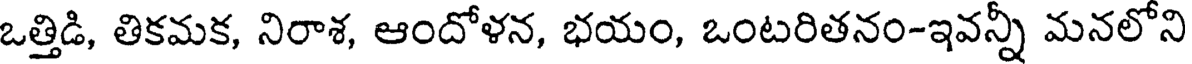
ఒత్తిడి, తికమక, నిరాశ, ఆందోళన, భయం, ఒంటరితనం-ఇవన్నీ మనలోని